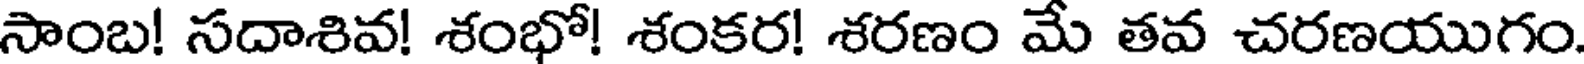
సాంబ! సదాశివ! శంభో! శంకర! శరణం మే తవ చరణయుగం